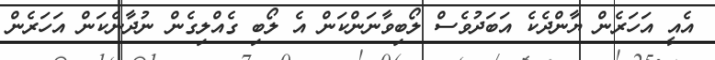
އެއީ އަހަރެން ޔާންދެކެ އަބަދުވެސް ލޯބިވާނަންކަން އެ ލޯބި ގެއްލިގެން ނުދާނެކަން އަހަރެން